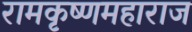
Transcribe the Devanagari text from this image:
रामकृष्णमहाराज